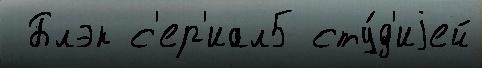
 Блэк с'ер'иал5 сту́д'иjей